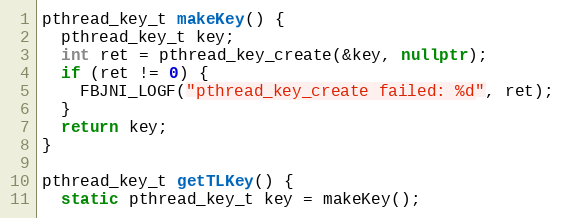
Language: C++
pthread_key_t makeKey() {
  pthread_key_t key;
  int ret = pthread_key_create(&key, nullptr);
  if (ret != 0) {
    FBJNI_LOGF("pthread_key_create failed: %d", ret);
  }
  return key;
}

pthread_key_t getTLKey() {
  static pthread_key_t key = makeKey();